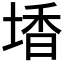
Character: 𡎟